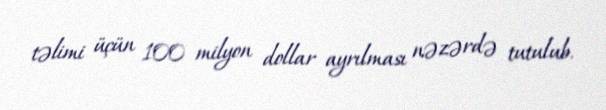
təlimi üçün 100 milyon dollar ayrılması nəzərdə tutulub.